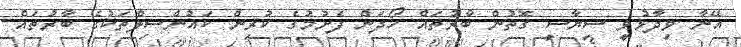
އޭނާ ވިދާޅުވީ ސިޔާސީ ގޮތުން ބާރުތައް ހޯދަން ފެށުމުގެ ކުރިން ކައުންސިލްތަކުގެ ބާރުތައް